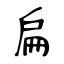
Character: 扁